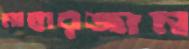
মাহারজান